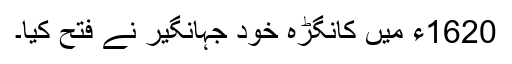
1620ء میں کانگڑہ خود جہانگیر نے فتح کیا۔